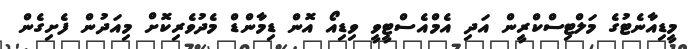
މީޑިއާނެޓުގެ މަލްޓިސްކްރީން އަދި އެމްއެސްޓީވީ ވިޑިއޯ އޮން ޑިމާންޑް މެދުވެރިކޮށް މިއަދުން ފެށިގެން